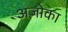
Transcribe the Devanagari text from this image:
अजोका